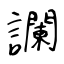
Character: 讕